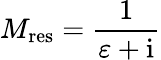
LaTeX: M_{\mathrm{{res}}}=\frac{1}{\varepsilon+\mathrm{{i}}}